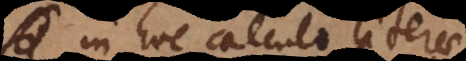
In hoc calculo literae